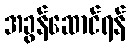
အခွန်ဆောင်ရန်